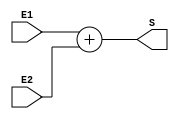
`timescale 1ns/1ns
module Adder(
    input [31:0]E1,
    input [31:0]E2,
    output reg [31:0]S
);

always @* begin
    S = E1 + E2;
end
endmodule